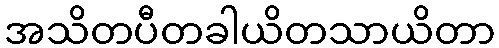
အသိတပီတခါယိတသာယိတာ